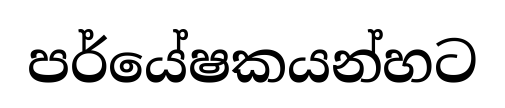
පර්යේෂකයන්හට